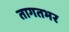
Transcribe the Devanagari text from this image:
तागतभर